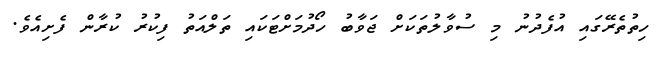
ހިތުތެރޭގައި އުފެދުނު މި ސުވާލުތަކަށް ޖަވާބު ހޯދުމަށްޓަކައި ތަލްއަތު ފިކުރު ކުރާން ފެށިއެވެ.